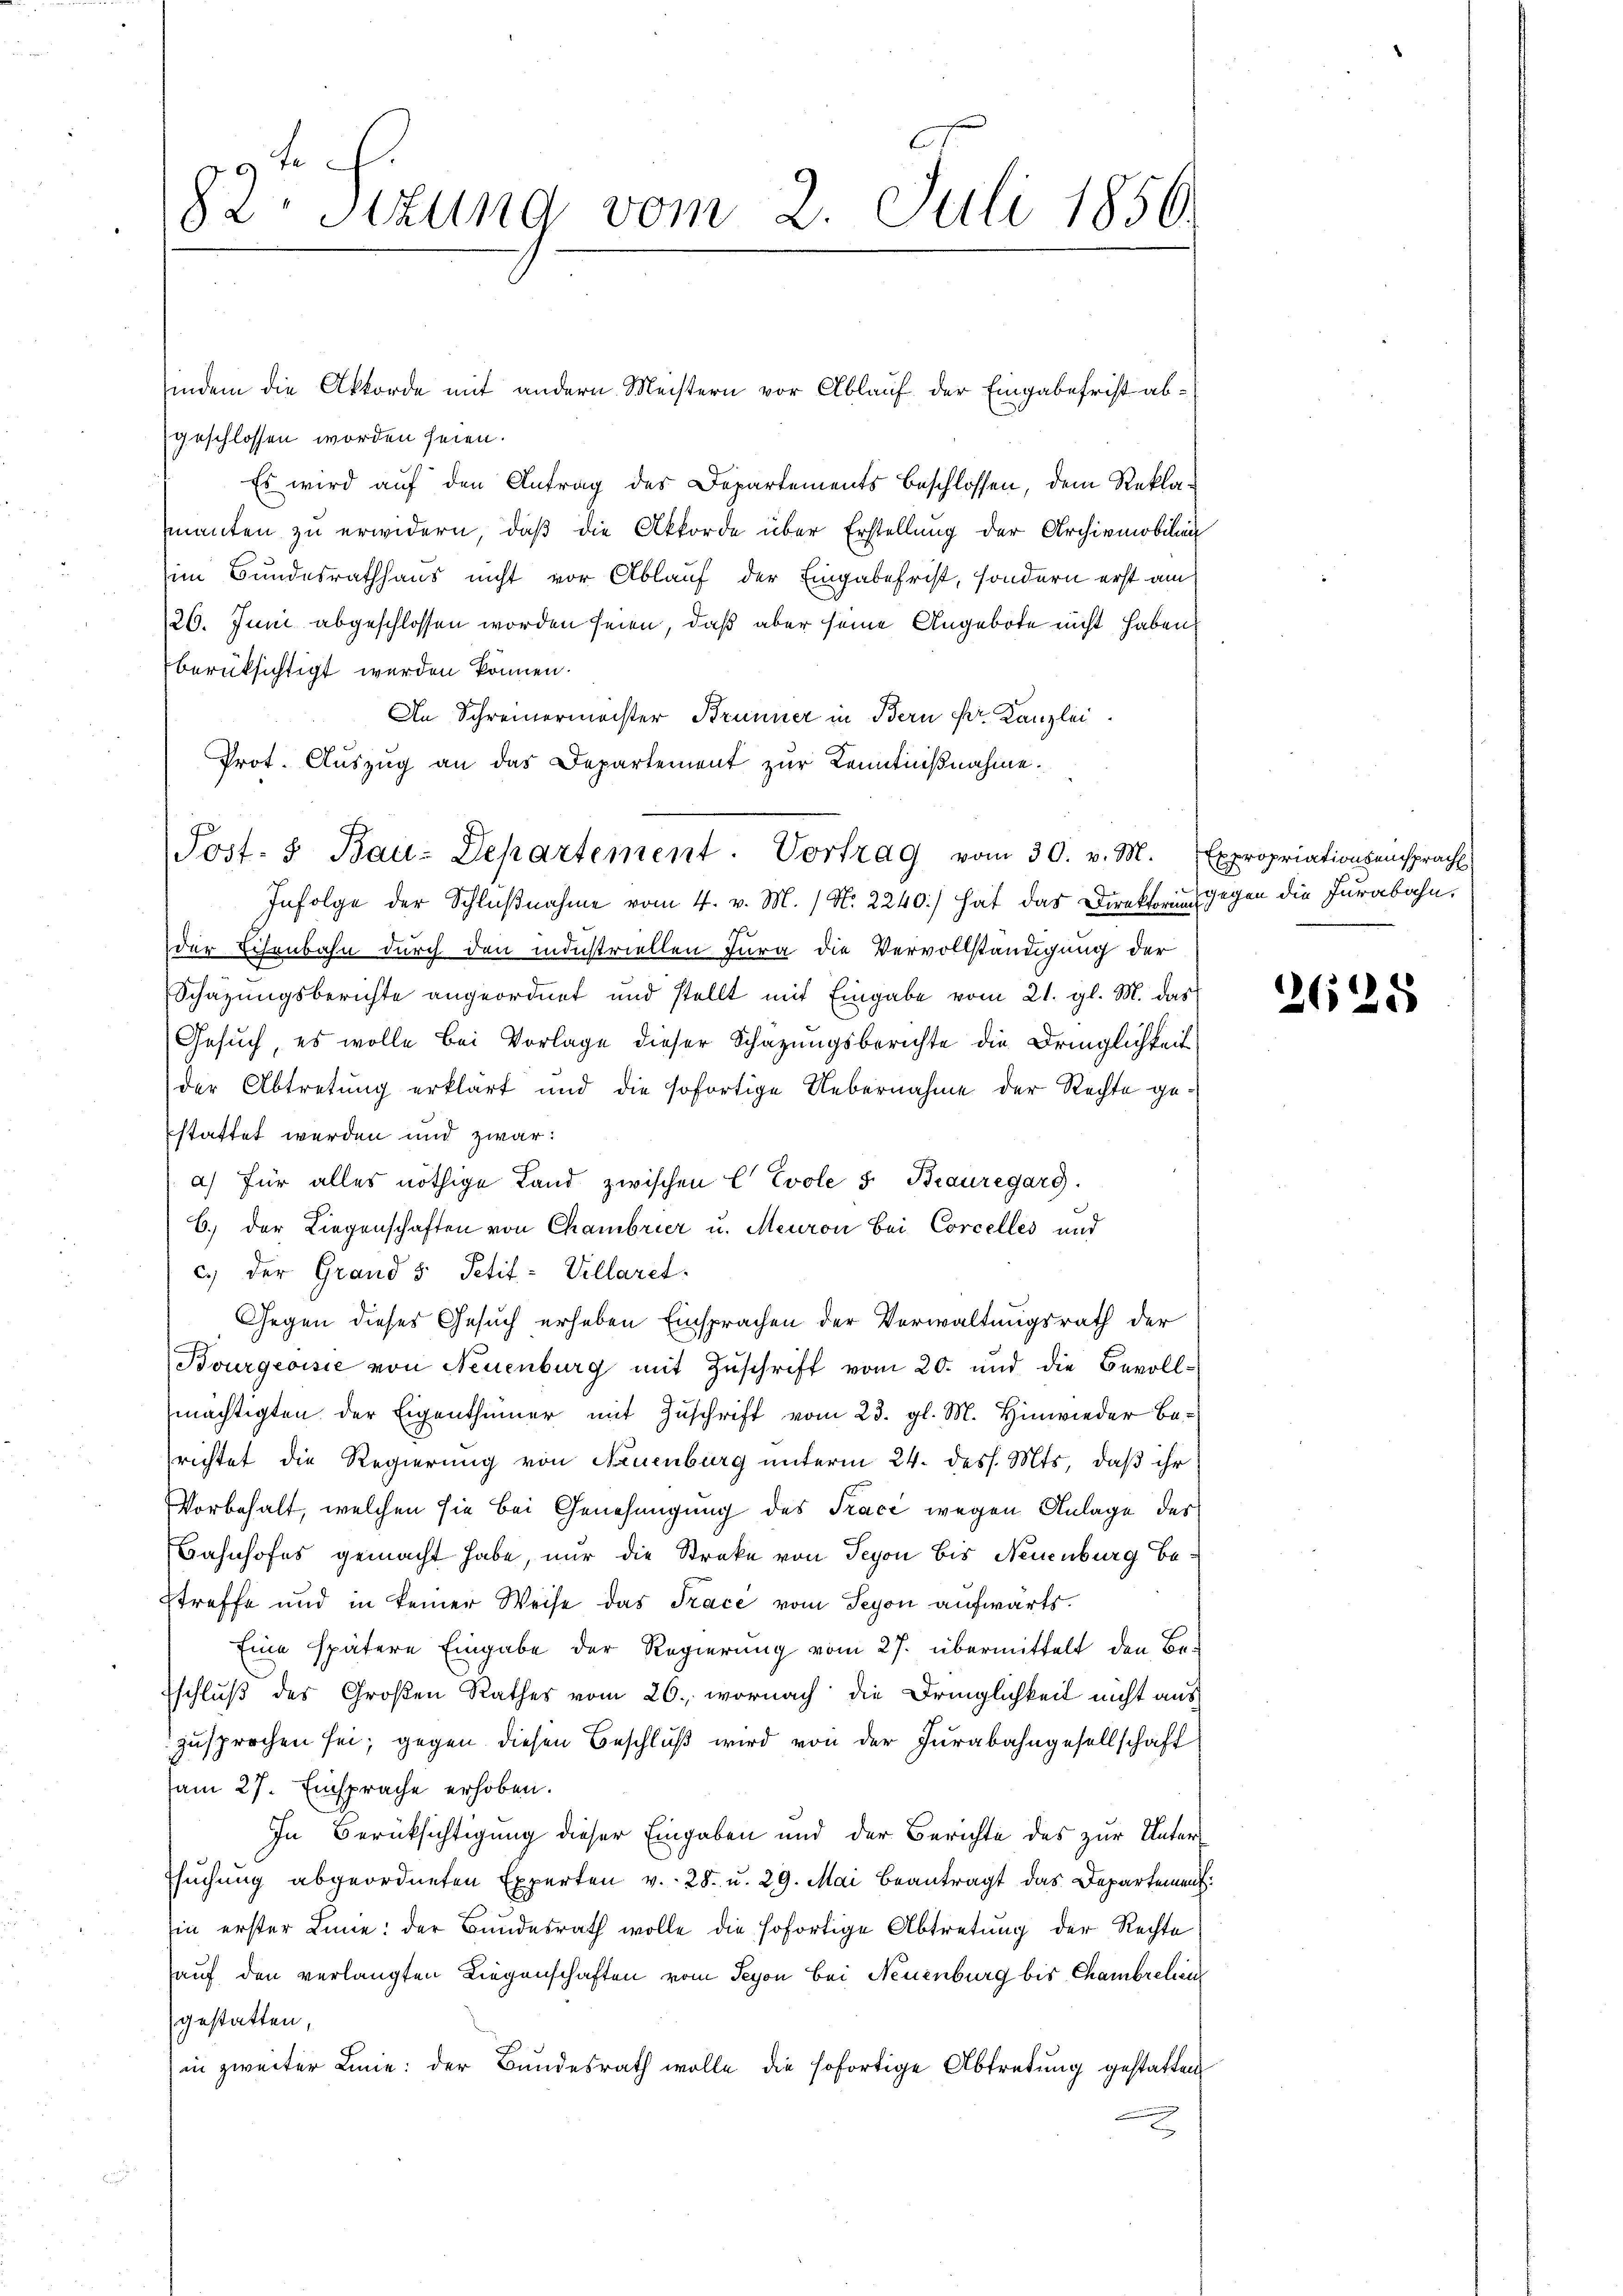
82. Sitzung vom 2. Juli 1856.

geschlossen worden seien.
Es wird auf den Antrag des Departements beschlossen, dem Reklamenten zu erwidern, daß die Akkorde über Erstellung der Archivmobilien
im Bundesrathhaus nicht vor Ablauf der Eingabefrist, sondern erst am
26. Juni abgeschlossen worden seien, daß aber seine Angebote nicht haben
berüksichtigt werden können.
An Schreinermeister Brunner in Bern Sr. Kanzlei
Prot. Auszug an das Departement zur Kenntnißnahme.

indem die Akkorde mit andern Meistern vor Ablauf der Eingabefrist ab¬

Post- 5. Bau-Departement. Vortrag vom 30. v. M. Expropriationsansprach

Infolge der Schlußnahme vom 4. v. M. / N. 2240) hat das Direktorium gegen die Jurabahn.
der Eisenbahn durch den industriellen Jura die Vervollständigung der
Schätzungsberichte angeordnet und stellt mit Eingabe vom 21. gl. M. das
Gesuch, es wolle bei Vorlage dieser Schätzungsberichte die Dringlichkeit
der Abtretung erklärt und die sofortige Uebernahme der Rechte gestattet werden und zwar:
a) für alles nöthige Land zwischen C Evole 5 Bauregarg.
6) der Liegenschaften von Chambrier u. Meuron bei Corcelles und
c.) der Grand 5 Petit- Villaret
Gegen dieses Gesuch erheben Einsprachen der Verwaltungsrath der
Bourgeoisie von Neuenburg mit Zuschrift vom 20. und die Bevollmächtigten der Eigenthümer mit Zuschrift vom 23. gl. M. Hinwieder Berichtet die Regierung von Neuenburg unterm 24. dess. Mts. daß ihr
Vorbehalt, welchen sie bei Genehmigung des Trace wegen Anlage des
Bahnhofes gemacht habe, nur die Streke von Teyon bis Neuenburg bestreffe und in keiner Weise das Trace vom Seyon aufwärts.
Eine spätere Eingabe der Regierung vom 27. übermittelt den Be-
schluß des Großen Rathes vom 26., wornach die Dringlichkeit nicht aus
zusprochen sei; gegen diesen Beschluß wird von der Jurabahngesellschaft
am 27. Einsprache erhoben.
In Berücksichtigung dieser Eingaben und der Berichte des zur Unter¬
Esuchung abgeordneten Experten v. 28. u. 29. Mai beantragt das Departement
Ein erster Line: der Bundesrath wolle die sofortige Abtretung der Rechte
auf den verlangten Liegenschaften vom Teyon bei Neuenburg bis Chambrelien
gestatten,
in zweiter Linie: der Bundesrath wolle die sofortige Abtretung gestatten

2628